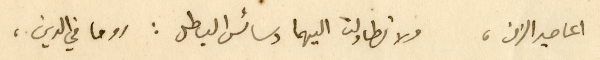
اعاصير الزمن، ولا تطاولت اليهما دسائس الباطل : روحا في الدين،